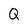
Character: Q